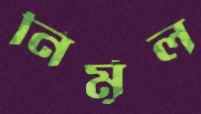
নির্মূল